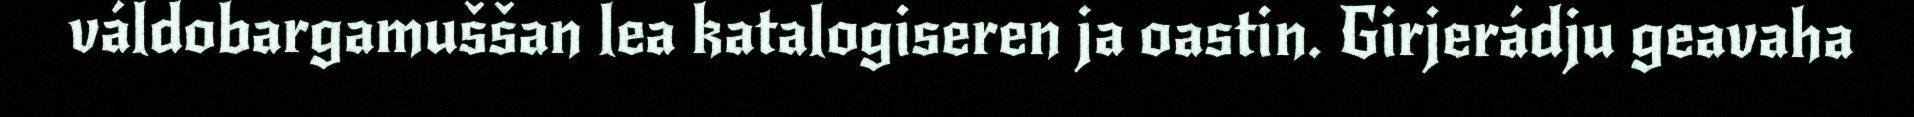
váldobargamuššan lea katalogiseren ja oastin. Girjerádju geavaha